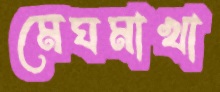
মেঘমাখা